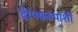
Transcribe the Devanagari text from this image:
द्वीपकल्पाशी